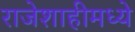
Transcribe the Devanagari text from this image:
राजेशाहीमध्ये